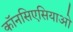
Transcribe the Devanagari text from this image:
कॉनसिएसियाओ